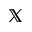
\mathbb { X }